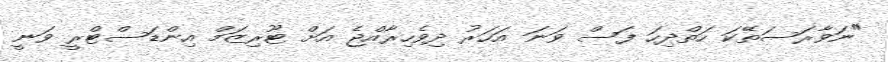
"ނަވާރަސަތޭކަ ހަތްދިހަ ފަސް ވަނަ އަހަރު ދިވެހިރާއްޖެ އަށް ޓޫރިޒަމް އިންޑަސްޓްރީ ވަނީ